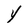
Character: Y